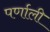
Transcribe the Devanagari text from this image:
पर्णाली